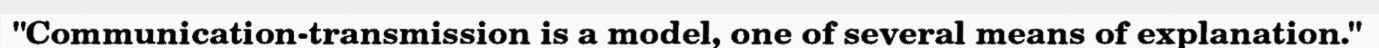
"Communication-transmission is a model, one of several means of explanation."